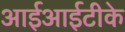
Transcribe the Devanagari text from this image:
आईआईटीके